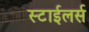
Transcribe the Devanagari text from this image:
स्टाईलर्स